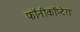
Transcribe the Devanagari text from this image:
फॉनीकॉप्टेरा